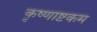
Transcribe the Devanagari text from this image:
कृष्णाष्टकम